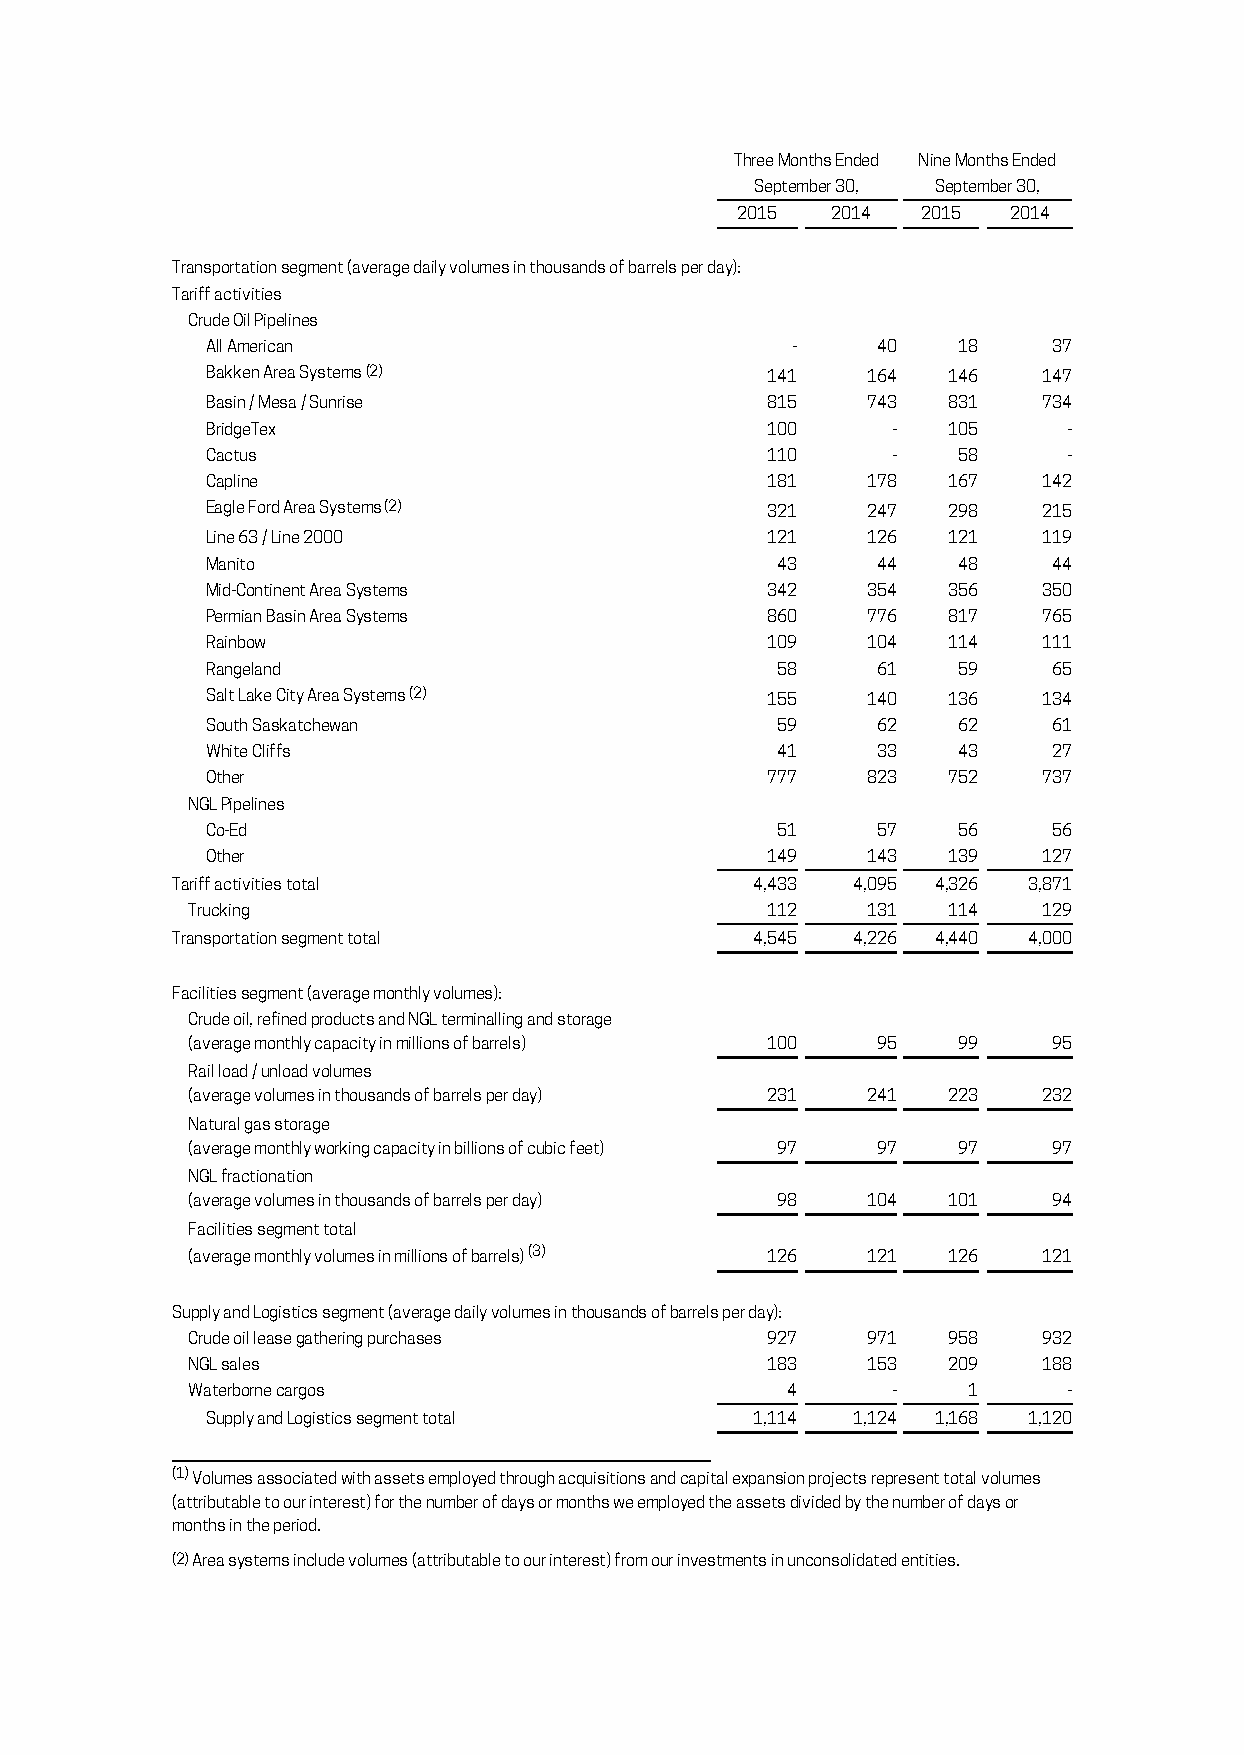
Three Months Ended Nine Months Ended
 September 30, September 30,
 2015  2014  2015  2014
 Transportation segment (average daily volumes in thousands of barrels per day):
 Tariff activities
 Crude Oil Pipelines
 All American                          -     40   18     37
 Bakken Area Systems (2)              141   164   146   147
 Basin / Mesa / Sunrise               815   743   831   734
 BridgeTex                            100     -   105     -
 Cactus                               110     -   58      -
 Capline                              181   178   167   142
 Eagle Ford Area Systems (2)          321   247   298   215
 Line 63 / Line 2000                  121   126   121   119
 Manito                               43     44   48     44
 Mid-Continent Area Systems           342   354   356   350
 Permian Basin Area Systems           860   776   817   765
 Rainbow                              109   104   114   111
 Rangeland                            58     61   59     65
 Salt Lake City Area Systems (2)      155   140   136   134
 South Saskatchewan                   59     62   62     61
 White Cliffs                         41     33   43     27
 Other                                777   823   752   737
 NGL Pipelines
 Co-Ed                                51     57   56     56
 Other                                149   143   139   127
 Tariff activities total                4,433 4,095 4,326 3,871
 Trucking                               112   131   114   129
 Transportation segment total           4,545 4,226 4,440 4,000
 Facilities segment (average monthly volumes):
 Crude oil, refined products and NGL terminalling and storage
 (average monthly capacity in millions of barrels) 100 95 99 95
 Rail load / unload volumes
 (average volumes in thousands of barrels per day) 231 241 223 232
 Natural gas storage
 (average monthly working capacity in billions of cubic feet) 97 97 97 97
 NGL fractionation
 (average volumes in thousands of barrels per day) 98 104 101 94
 Facilities segment total
 (average monthly volumes in millions of barrels) (3) 126 121 126 121
 Supply and Logistics segment (average daily volumes in thousands of barrels per day):
 Crude oil lease gathering purchases    927   971   958   932
 NGL sales                              183   153   209   188
 Waterborne cargos                       4      -    1      -
 Supply and Logistics segment total  1,114 1,124 1,168 1,120
 (1) Volumes associated with assets employed through acquisitions and capital expansion projects represent total volumes
 (attributable to our interest) for the number of days or months we employed the assets divided by the number of days or
 months in the period.
 (2) Area systems include volumes (attributable to our interest) from our investments in unconsolidated entities.